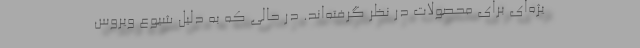
یژه‌ای برای محصولات در نظر گرفته­‌اند. در حالی که به دلیل شیوع ویروس